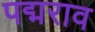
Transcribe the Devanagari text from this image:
पद्मराव